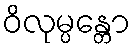
ဝိလုမ္ပန္တော